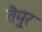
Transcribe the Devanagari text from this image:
तैमु्र